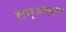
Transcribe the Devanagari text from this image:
सम्भवता